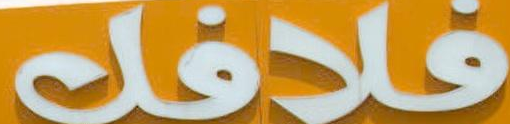
فلافل